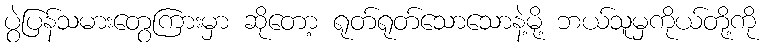
ပွဲပြန်သမားတွေကြားမှာ ဆိုတော့ ရုတ်ရုတ်သောသောနဲ့မို့ ဘယ်သူမှကိုယ်တို့ကို